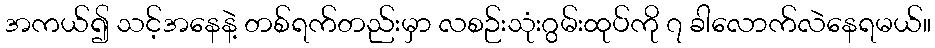
အကယ်၍ သင့်အနေနဲ့ တစ်ရက်တည်းမှာ လစဉ်းသုံးဂွမ်းထုပ်ကို ၇ ခါလောက်လဲနေရမယ်။